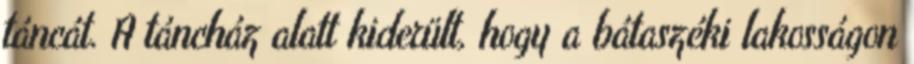
táncát. A táncház alatt kiderült, hogy a bátaszéki lakosságon